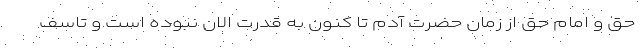
حق و امام حق از زمان حضرت آدم تا کنون به قدرت الان نبوده است و تاسف